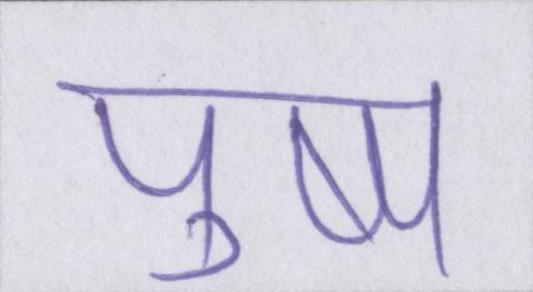
पुष्प